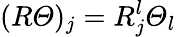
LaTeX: (R\varTheta)_{j}=R_{j}^{l}\varTheta_{l}